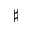
^ \sharp